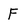
Character: F